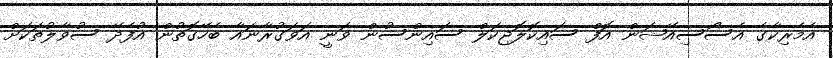
އެމެރިކާގެ އެސޯސިއޭޝަން އޮފް ސައިކޮލޮޖިކަލް ސައިންސުން ވަނީ އަވަގުރާނައާ ބެހޭގޮތުން އުފެދޭ ސުވާލުތަކަށް